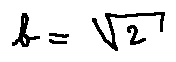
b = \sqrt { 2 }